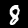
Label: 8